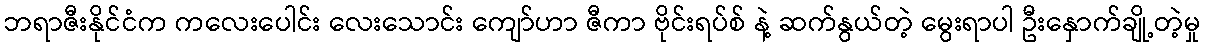
ဘရာဇီးနိုင်ငံက ကလေးပေါင်း လေးသောင်း ကျော်ဟာ ဇီကာ ဗိုင်းရပ်စ် နဲ့ ဆက်နွယ်တဲ့ မွေးရာပါ ဦးနှောက်ချို့တဲ့မှု